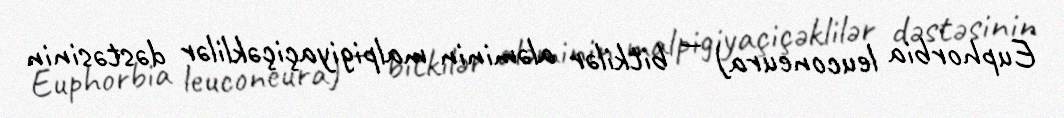
Euphorbia leuconeura) — bitkilər aləminin malpigiyaçiçəklilər dəstəsinin